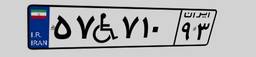
۵۷W۷۱۰۹۳